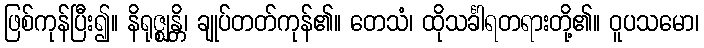
ဖြစ်ကုန်ပြီး၍။ နိရုဇ္ဈန္တိ၊ ချုပ်တတ်ကုန်၏။ တေသံ၊ ထိုသင်္ခါရတရားတို့၏။ ဝူပသမော၊